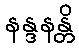
နန္ဒနန္တိ